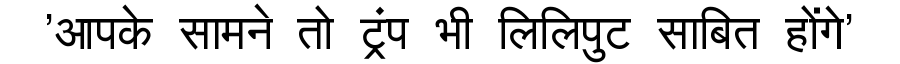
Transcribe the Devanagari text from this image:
'आपके सामने तो ट्रंप भी लिलिपुट साबित होंगे'